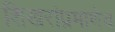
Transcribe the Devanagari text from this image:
शिखरांप्रमाणेच